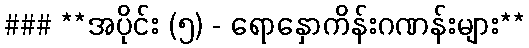
### **အပိုင်း (၅) - ရောနှောကိန်းဂဏန်းများ**